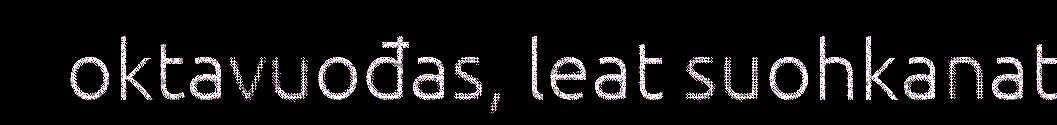
oktavuođas, leat suohkanat